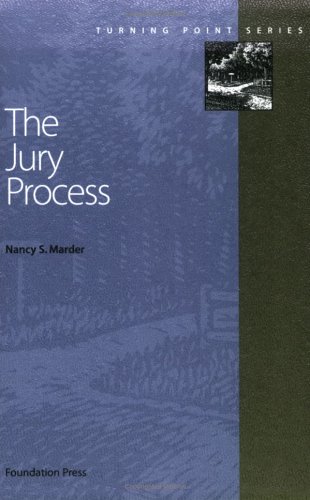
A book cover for The Jury Process (Turning Point Series); Nancy Marder; Law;